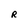
Character: R